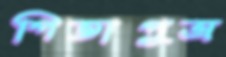
পিতাপুত্র